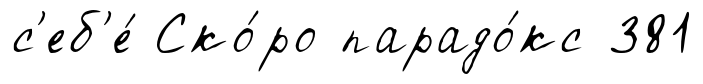
с'еб'е́ Ско́ро парадо́кс 381